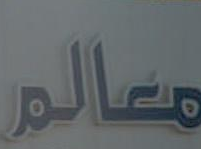
معالم